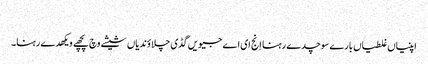
‏
اپنیاں غلطیاں بارے سوچدے رہنا اِنج ای اے جیویں گڈی چلاؤندیاں شیشے وچ پچھے ویکھدے رہنا۔